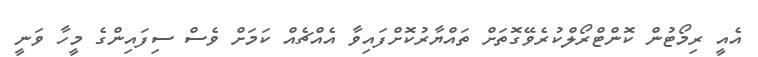
އެއީ ރިމޯޓުން ކޮންޓްރޯލްކުރެވޭގޮތަށް ތައްޔާރުކޮށްފައިވާ އެއްޗެއް ކަމަށް ވެސް ސިފައިންގެ މީހާ ވަނީ